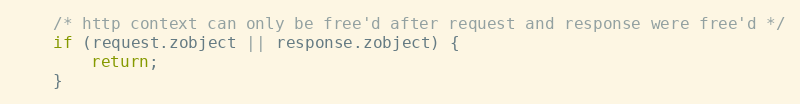
Language: C++
    /* http context can only be free'd after request and response were free'd */
    if (request.zobject || response.zobject) {
        return;
    }